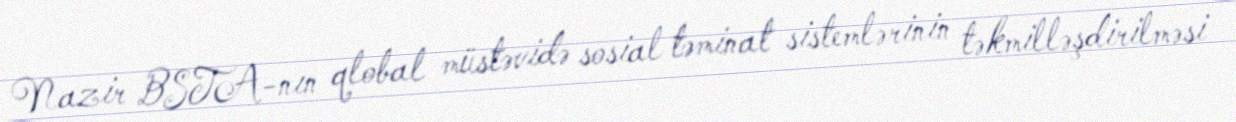
Nazir BSTA-nın qlobal müstəvidə sosial təminat sistemlərinin təkmilləşdirilməsi